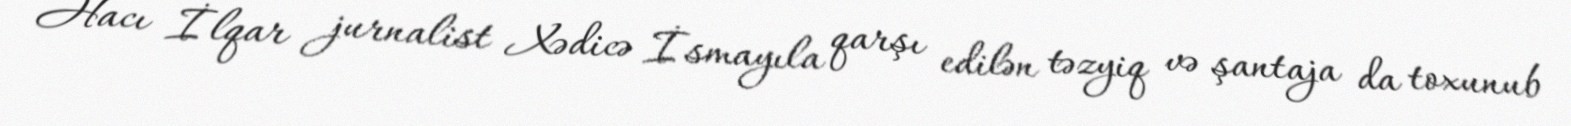
Hacı İlqar jurnalist Xədicə İsmayıla qarşı edilən təzyiq və şantaja da toxunub